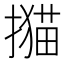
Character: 𢵝